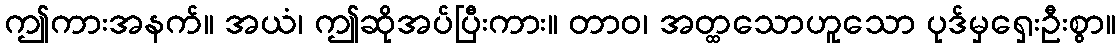
ဤကားအနက်။ အယံ၊ ဤဆိုအပ်ပြီးကား။ တာဝ၊ အတ္ထသောဟူသော ပုဒ်မှရှေးဦးစွာ။